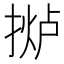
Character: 𫽤